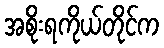
အစိုးရကိုယ်တိုင်က